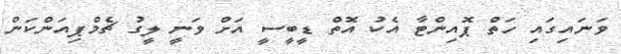
ވަނައިގައި ހަތް ޕޮއިންޓާ އެކު އޮތް ޑީބީސީ އަށް ވަނީ ލީގު ޗެމްޕިއަންކަން